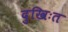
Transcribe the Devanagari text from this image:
दुखिःत